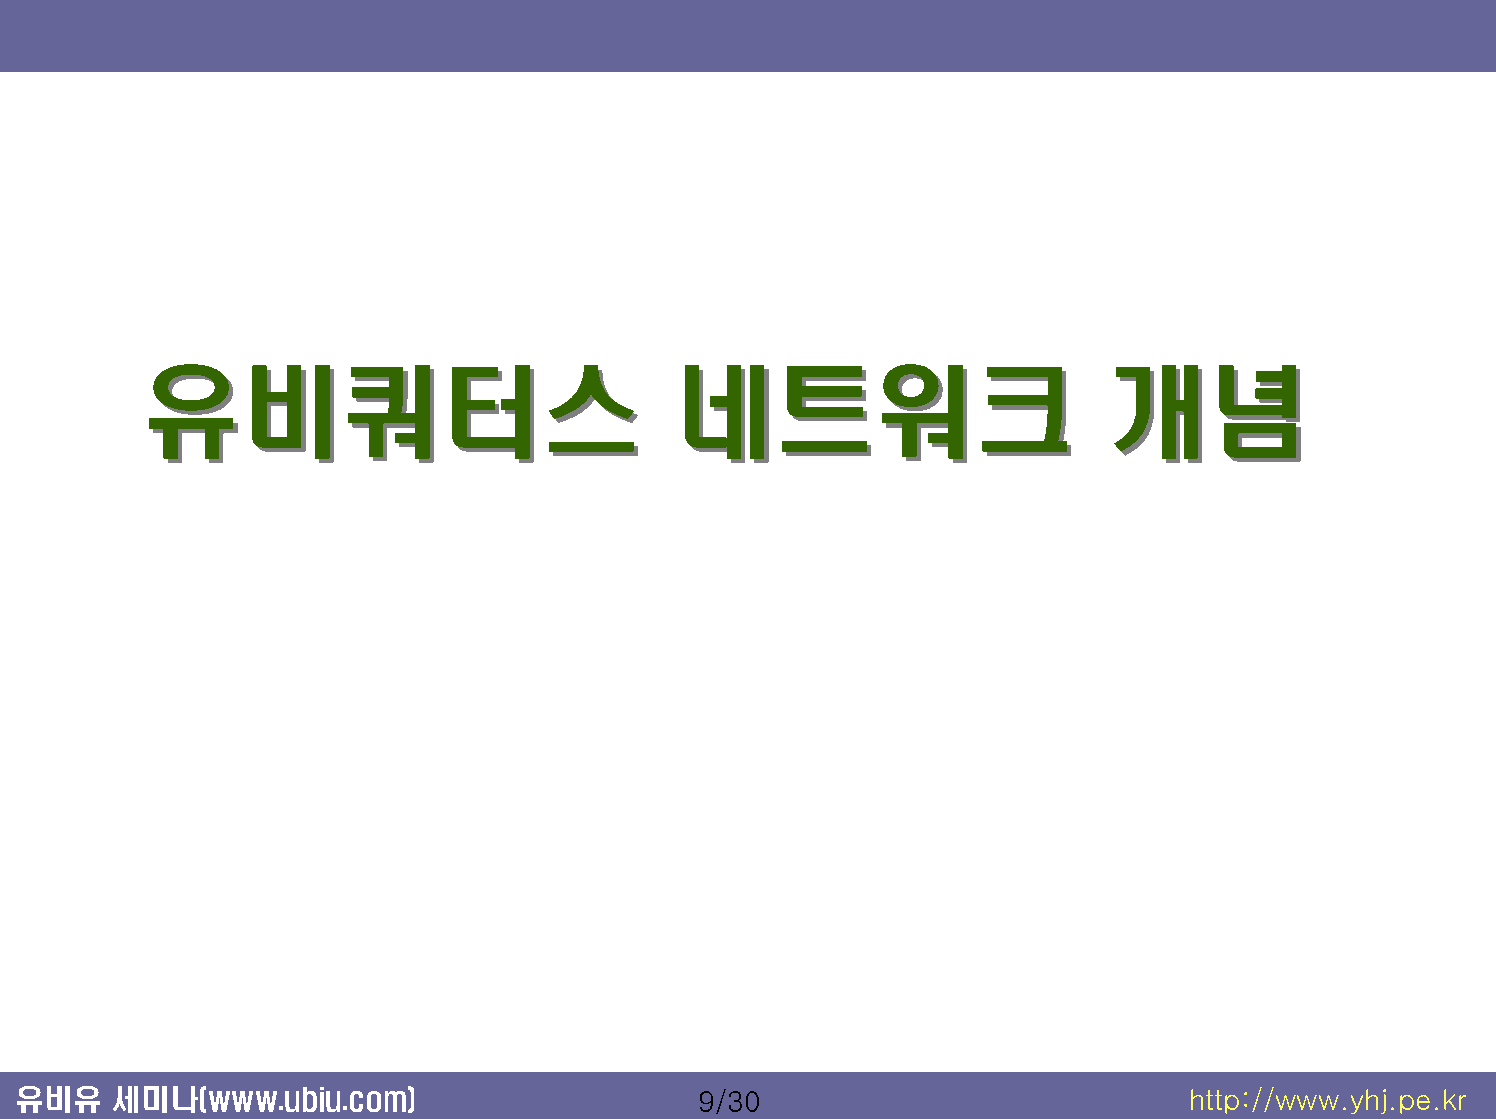
유유비비쿼쿼터터스스                         네네트트워워크크                     개개념념
 유비유   세미나(www.ubiu.com)                      9/30                            http://www.yhj.pe.kr